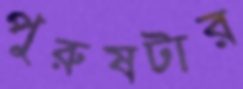
পুরুষটার